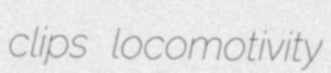
clips locomotivity